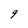
Character: 9